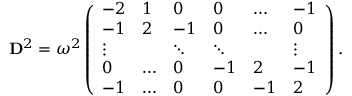
\mathbf { D } ^ { 2 } = \omega ^ { 2 } \left( \begin{array} { l l l l l l } { - 2 } & { 1 } & { 0 } & { 0 } & { \ldots } & { - 1 } \\ { - 1 } & { 2 } & { - 1 } & { 0 } & { \ldots } & { 0 } \\ { \vdots } & { } & { \ddots } & { \ddots } & { } & { \vdots } \\ { 0 } & { \ldots } & { 0 } & { - 1 } & { 2 } & { - 1 } \\ { - 1 } & { \ldots } & { 0 } & { 0 } & { - 1 } & { 2 } \end{array} \right) .